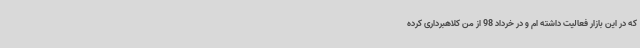
که در این بازار فعالیت داشته ام و در خرداد 98 از من کلاهبرداری کرده